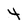
Character: 4